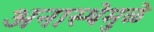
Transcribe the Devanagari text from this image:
अनास्थेमुळे